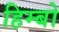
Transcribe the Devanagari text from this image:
हिम्बो